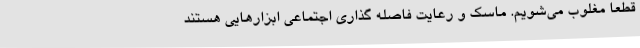
قطعا مغلوب می‌شویم. ماسک و رعایت فاصله گذاری اجتماعی ابزارهایی هستند